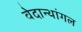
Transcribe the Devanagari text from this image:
वेदान्थांगल